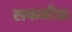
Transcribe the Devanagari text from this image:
सकळीक